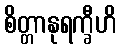
စိတ္တာနုရက္ခီဟိ